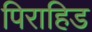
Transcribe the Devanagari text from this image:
पिराहिड